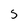
Character: 5